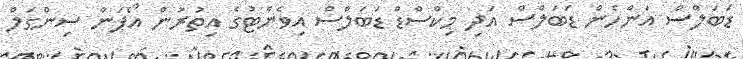
ޑަބަލްސް އަންހެން ޑަބަލްސް އަދި މިކްސްޑް ޑަބަލްސް އިވެންޓުގެ އިތުރުން އޯޕަން ސިންގަލް